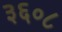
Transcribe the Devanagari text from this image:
३६०८